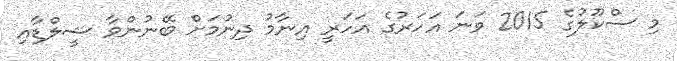
މި ސްކޫލުގެ 2015 ވަނަ އަހަރުގެ އަހަރީ އިނާމު ދިނުމަށް ބޭނުންވާ ޝީލްޑާއި